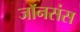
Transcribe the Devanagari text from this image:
जॉनसंस